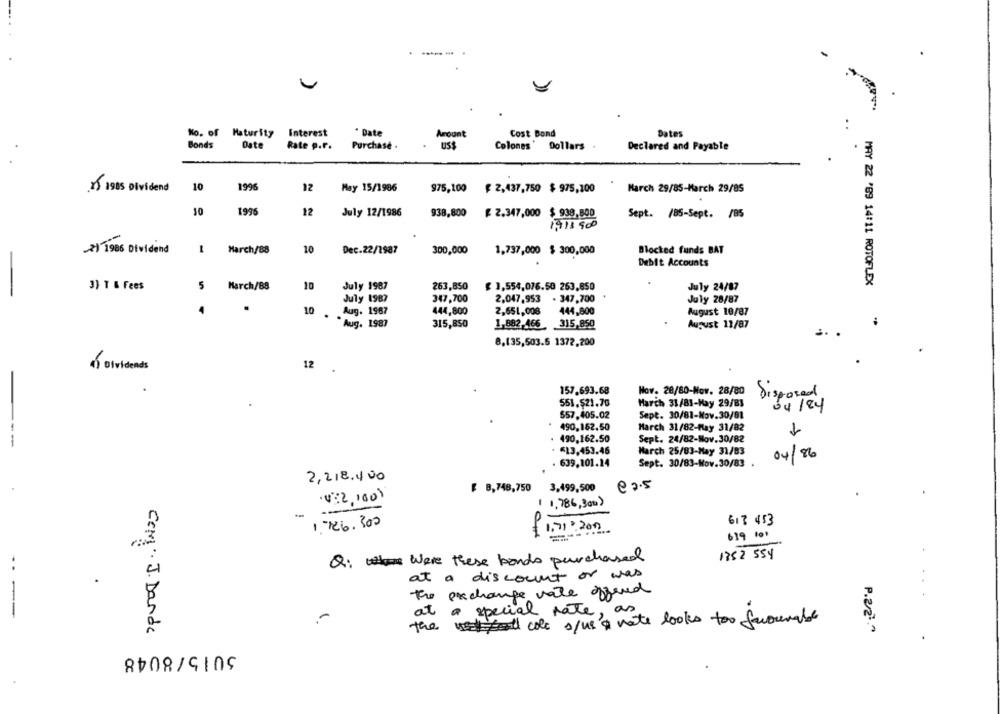
Ko. of Maturity
Interest
" Date
Amount
Cost Bond
Dates
Bonds
Date
Rate p.F.
Purchase .
US$
Colones'
Dollars
Declared and Payable
10
1996
20 1985 Dividend
12
May 15/1986
975,100
₡ 2,437,750 $ 975,100
March 29/85-March 29/85
10
1996
12
July 12/1986
938,800
₡ 2.347,000 $ 938,800
Sept. /85-Sept. /85
1,911 900
Harch/88
10
Dec.22/1987
300,000
Blocked funds BAT
2) 1986 Dividend
1,737,000 $ 300,000
Debit Accounts
3) T & Fees
5
March/88
10
July 1987
263,850
£ 1,554,076.50 263,850
MAY 22 '89 14:11 ROTOFLEX
July 24/87
-
July 1987
347,700
2,047,953
. 347,700
July 28/87
10
Aug. 1987
444,800
2,651,008
444,800
August 10/87
Aug. 1987
315,850
1,882,466
315,850
August 13/87
8,135,503.5 1372,200
12
Dividends
:.
157.693.68
How. 28/80-Nov. 28/80
Disposed
551.521.70
March 31/81-May 29/83
04/84
557.405.02
Sept. 30/81-Nov.30/81
490,162.50
March 31/82-May 31/82
-
490,162.50
Sept. 24/82-Nov.30/82
€13,453.45
March 25/83-May 31/83
04/86
. 639,101.14
Sept. 30/83-Nov.30/83
2,218.400
@ 2.5
₡ 8,748,750
3.499,500
432,1001
1 1,786,300)
..
P
613 453
1. 126. 300
1.71 20100
619 101
1752 554
Q: were these bonds purchased
at a discount or was
the exchange vale offered
at
a special rate,
as
-
ustal cole s/us'& nate looks too farounabe
the
P.22."
COM· J. Dande
5015/8048